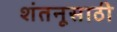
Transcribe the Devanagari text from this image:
शंतनूसाठी